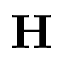
\mathbf { H }